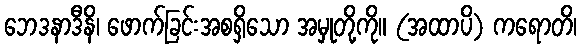
ဘေဒနာဒီနိ၊ ဖောက်ခြင်းအစရှိသော အမှုတို့ကို။ (အထာပိ) ကရောတိ၊